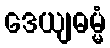
ဒေယျဓမ္မံ